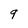
Character: 9